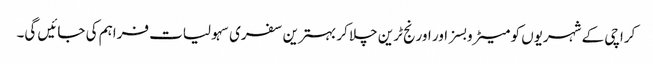
کراچی کے شہریوں کو میٹرو بسز اور اورنج ٹرین چلا کر بہترین سفری سہولیات فراہم کی جائیں گی۔